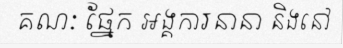
គណៈ ផ្នែក អង្គការនានា និងនៅ